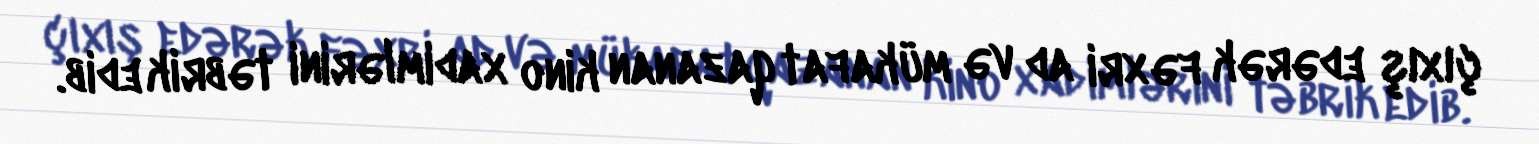
çıxış edərək fəxri ad və mükafat qazanan kino xadimlərini təbrik edib.